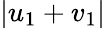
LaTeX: |u_{1}+v_{1}|